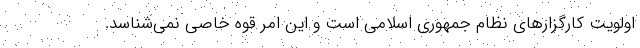
اولویت کارگزارهای نظام جمهوری اسلامی است و این امر قوه خاصی نمی‌شناسد.